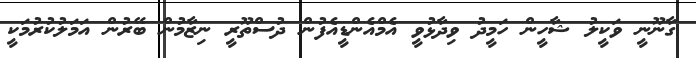
ގާނޫނީ ވަކީލު ޝާހީން ހަމީދު ވިދާޅުވީ އެމްއެންޑީއެފުން ދުސްތޫރީ ނިޒާމުން ބޭރުން އަމަލުކުރުމަކީ